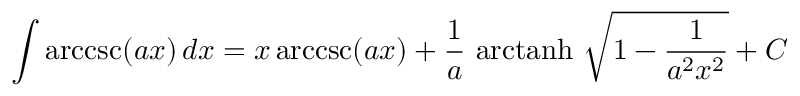
\int \operatorname { a r c c s c } ( a x ) \, d x = x \operatorname { a r c c s c } ( a x ) + { \frac { 1 } { a } } \, \operatorname { a r c t a n h } \, { \sqrt { 1 - { \frac { 1 } { a ^ { 2 } x ^ { 2 } } } } } + C